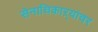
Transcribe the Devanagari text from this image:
सेनाधिकाऱ्यांवर